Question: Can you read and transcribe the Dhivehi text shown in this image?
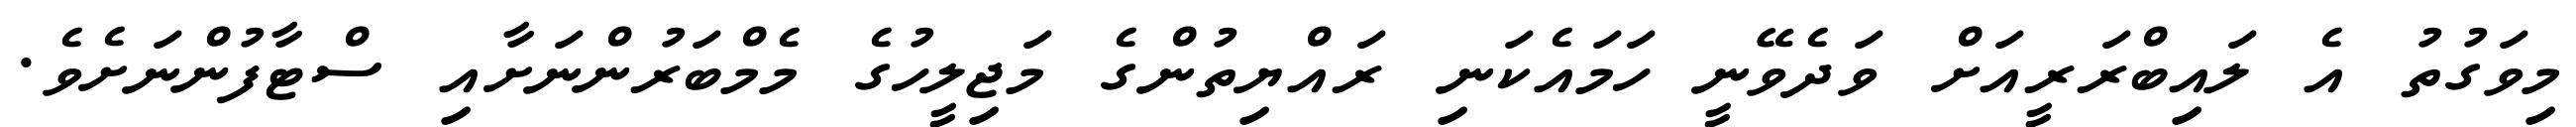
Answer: މިވަގުތު އެ ލައިބްރަރީއަށް ވަދެވޭނީ ހަމައެކަނި ރައްޔިތުންގެ މަޖިލީހުގެ މެމްބަރުންނަށާއި ސްޓާފުންނަށެވެ.